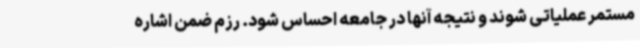
مستمر عملیاتی شوند و نتیجه آنها در جامعه احساس شود. رزم ضمن اشاره